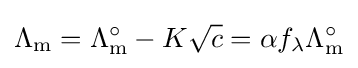
\Lambda _{\text{m}}=\Lambda _{\text{m}}^{\circ }-K{\sqrt {c}}=\alpha f_{\lambda }\Lambda _{\text{m}}^{\circ }